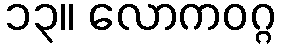
၁၃။ လောကဝဂ္ဂ